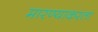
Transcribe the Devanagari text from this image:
मारण्याकरता